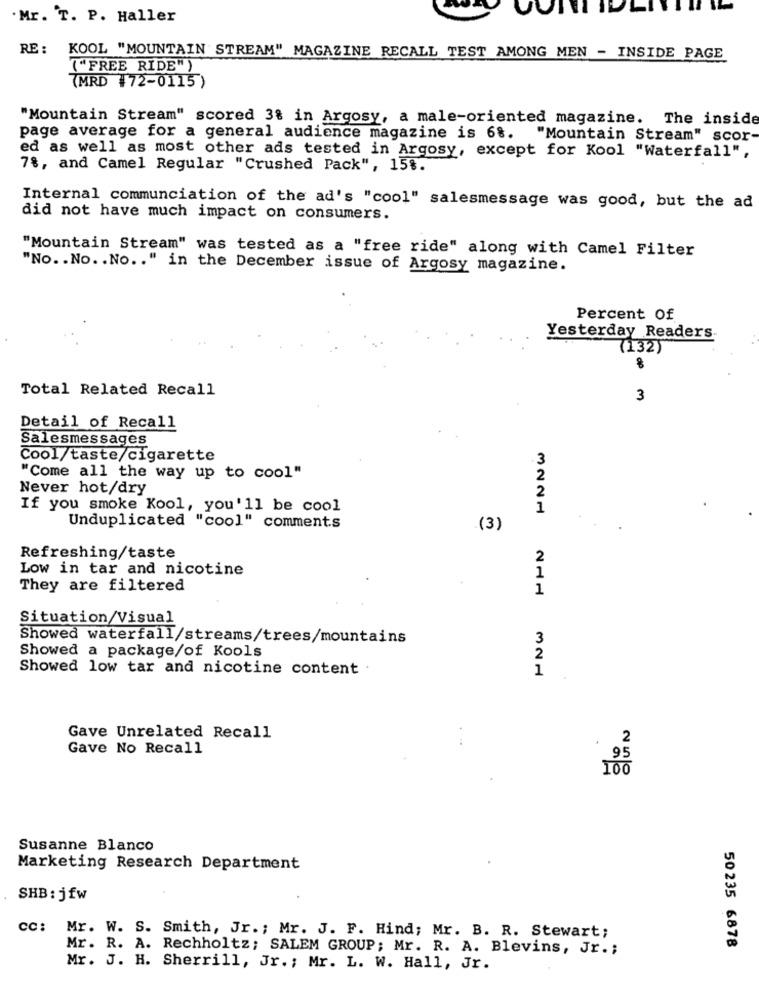
Mr. T. P. Haller
RE :
KOOL "MOUNTAIN STREAM" MAGAZINE RECALL TEST AMONG MEN - INSIDE PAGE
("FREE RIDE" )
(MRD #72-0115 )
"Mountain Stream" scored 3% in Argosy, a male-oriented magazine. The inside
page average for a general audience magazine is 6%. "Mountain Stream" scor
ed as well as most other ads tested in Argosy, except for Kool "Waterfall",
7%, and Camel Regular "Crushed Pack", 15%.
Internal communciation of the ad's "cool" salesmessage was good, but the ad
did not have much impact on consumers.
"Mountain Stream" was tested as a "free ride" along with Camel Filter
"No. . No. . No .. " in the December issue of Argosy magazine.
Percent Of
Yesterday Readers
(132)
Total Related Recall
3
Detail of Recall
Salesmessages
Cool/taste/cigarette
"Come all the way up to cool"
Never hot/dry
If you smoke Kool, you'll be cool
1
Unduplicated "cool" comments
(3)
Refreshing/taste
2
Low in tar and nicotine
They are filtered
1
MANH NHH
Situation/Visual
Showed waterfall/streams/trees/mountains
3
Showed a package/of Kools
2
Showed low tar and nicotine content
1
Gave Unrelated Recall
2
Gave No Recall
100
Susanne Blanco
Marketing Research Department
SHB: jfw
CC: Mr. W. S. Smith, Jr .; Mr. J. F. Hind; Mr. B. R. Stewart;
50235 6878
Mr. R. A. Rechholtz; SALEM GROUP; Mr. R. A. Blevins, Jr .;
Mr. J. H. Sherrill, Jr. ; Mr. L. W. Hall, Jr.